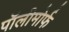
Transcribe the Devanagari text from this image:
पॉलीमोर्फ